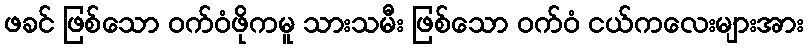
ဖခင် ဖြစ်သော ဝက်ဝံဖိုကမူ သားသမီး ဖြစ်သော ဝက်ဝံ ငယ်ကလေးများအား